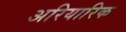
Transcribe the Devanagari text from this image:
अरियारिक